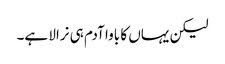
لیکن یہاں کا باوا آدم ہی نرالا ہے۔